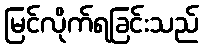
မြင်လိုက်ရခြင်းသည်